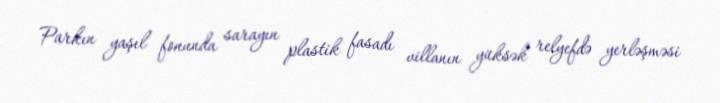
Parkın yaşıl fonunda sarayın plastik fasadı villanın yüksək relyefdə yerləşməsi